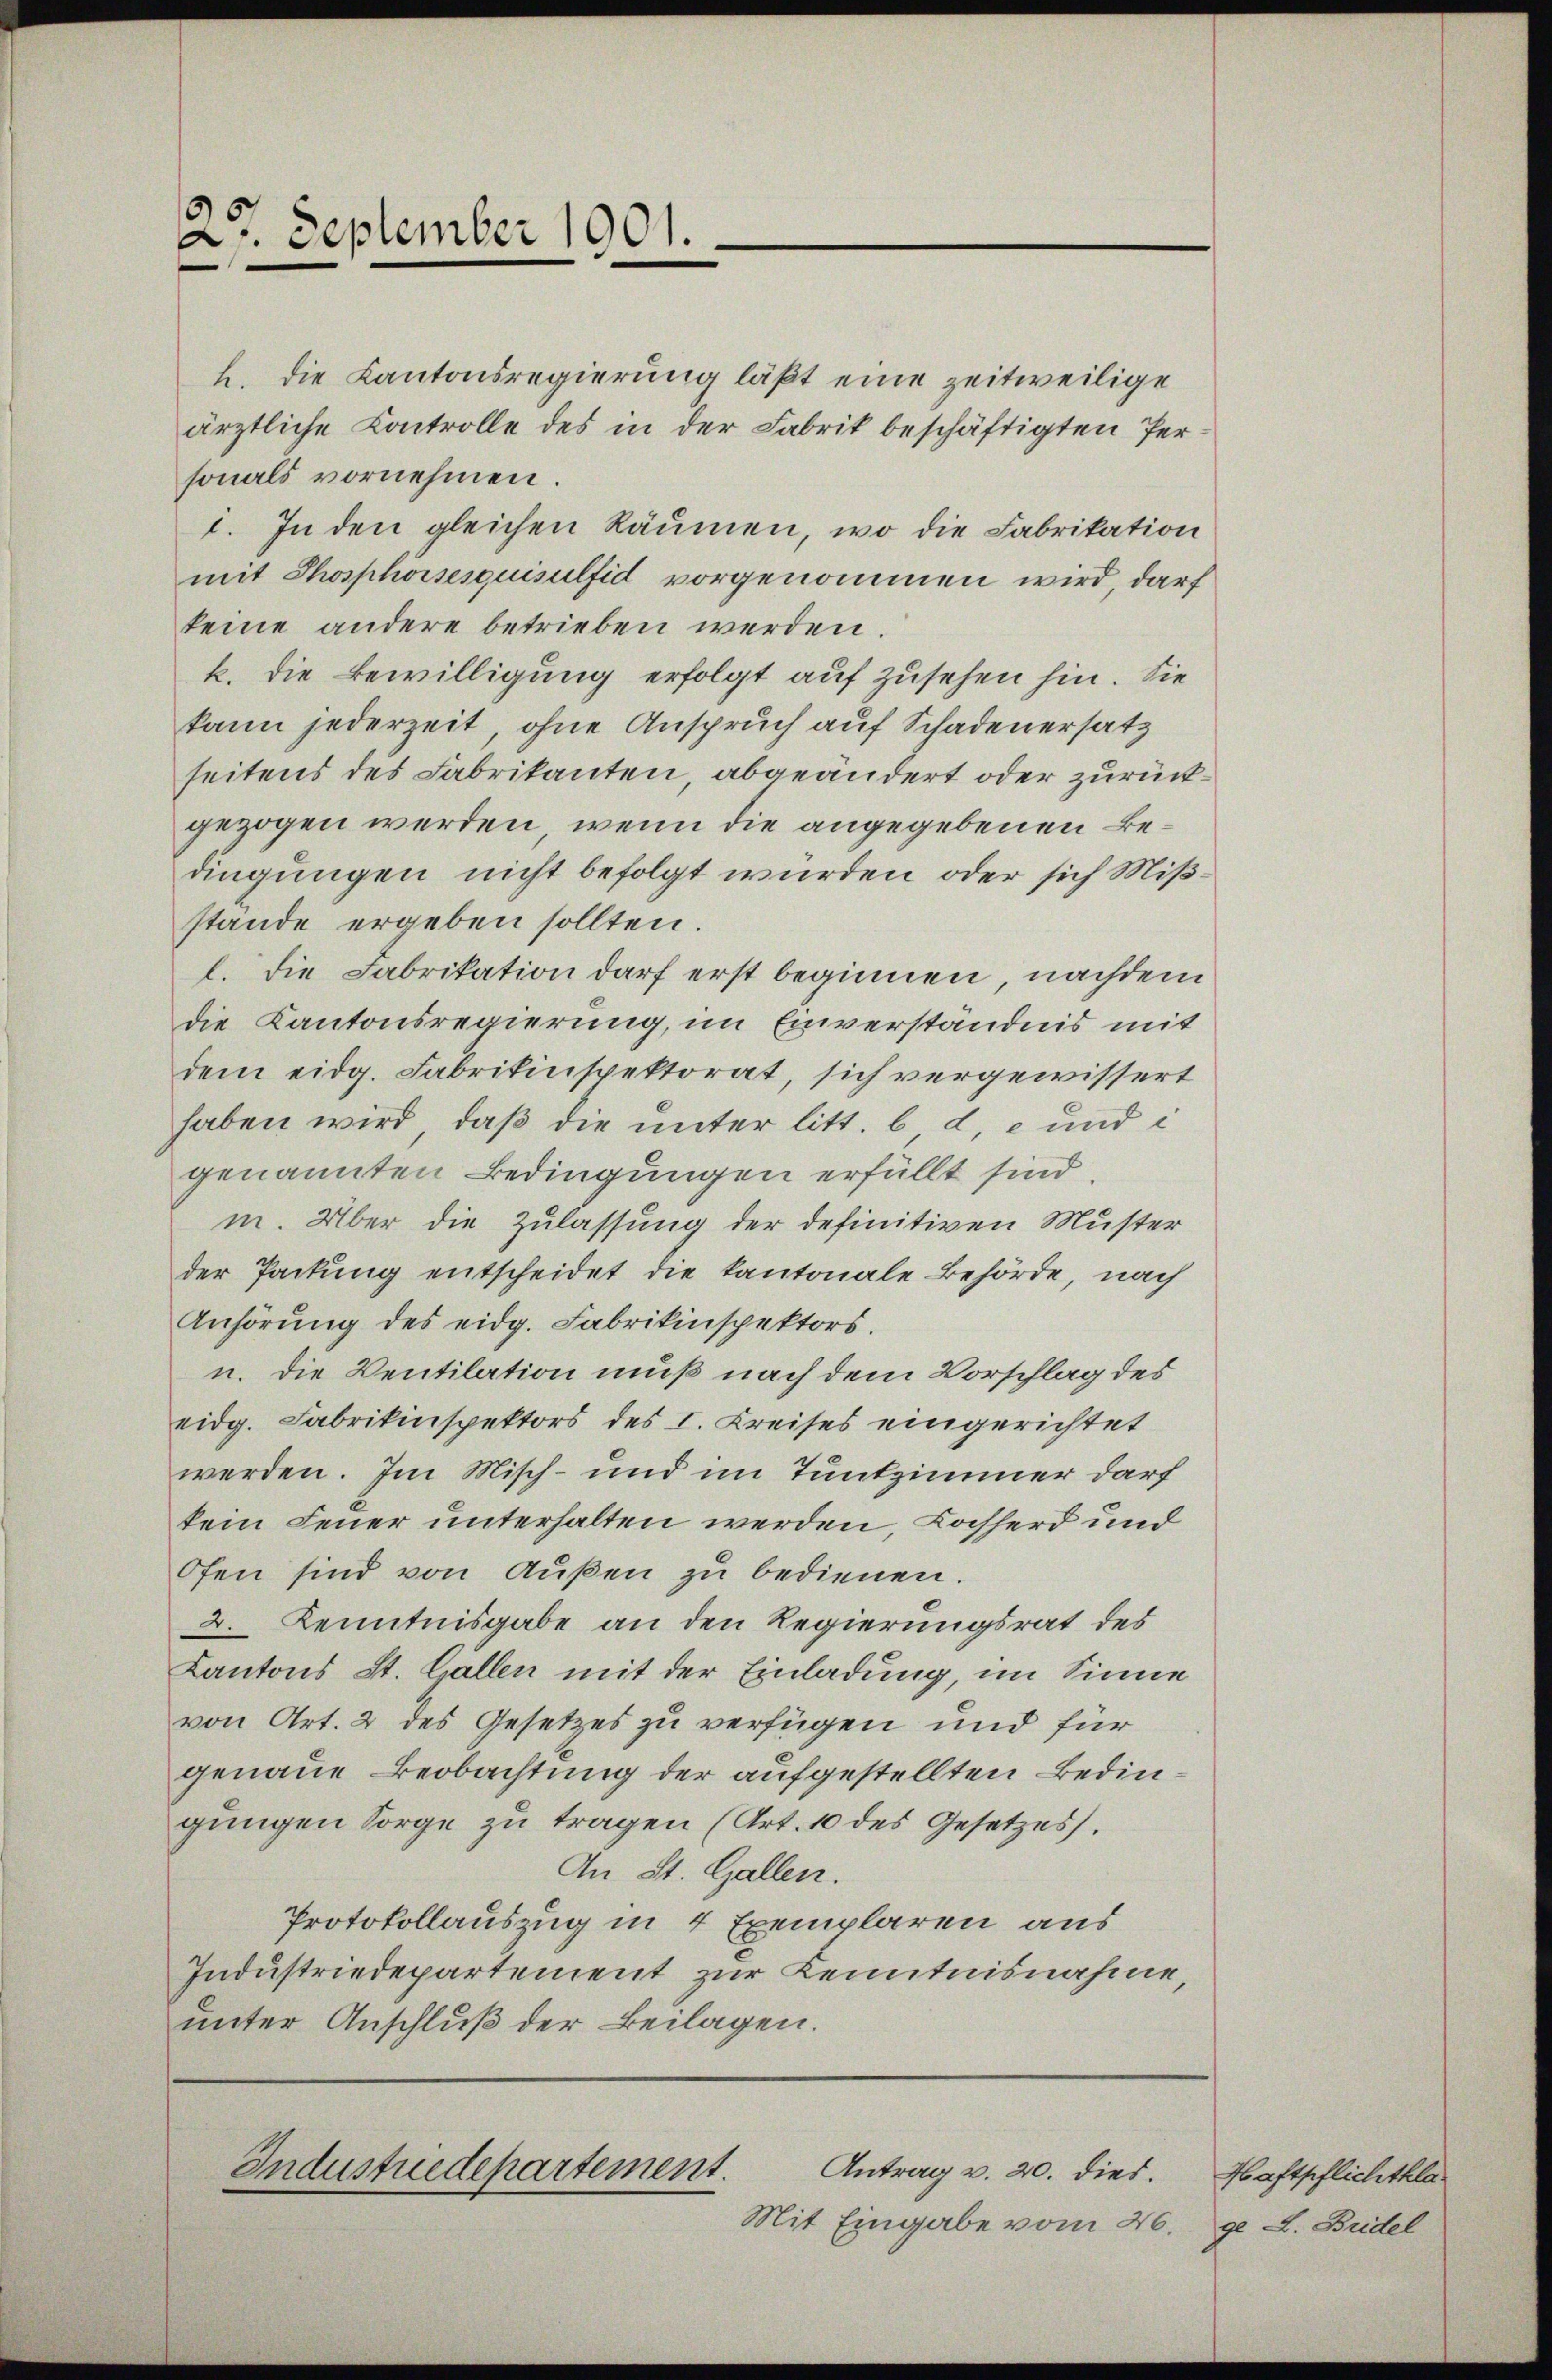
27. September 1901.

h. die Kantonsregierung läßt eine zeitweilige
ärztliche Controlle des in der Fabrik beschäftigten Personals vornehmen
i. In den gleichen Räumen, wo die Fabrikation
mit Thosphoisesquisulfid vorgenommen wird darf
keine andere betrieben werden.
k. Die Bewilligung erfolgt auf zusehen hin. Sie
kann jederzeit, ohne Anspruch auf Schadenersatz
seitens des Fabrikanten, abgeändert oder zurückgezogen werden, wenn die angegebenen Bedingungen nicht befolgt wurden, oder sich Mißstande ergeben sollten.
l. Die Fabrikation darf erst beginnen, nachdem
die Kantonsregierung, im Einverständnis mit
dem eidg. Fabrikinspektorat, sich vergewissert
haben wird, daß die unter litt. b d. e und i
genannten Bedingungen erfüllt sind
m. Über die Zulassung der definitiven Muster
der Packung entscheidet die kantonale Behörde, nach
Anhörung des eidg. Fabrikinspektors.
u. die Ventilation muß nach dem Vorschlag des
eidg. Fabrikinspektors des I. Kreises eingerichtet
werden. Im Misch- und im Tunkzimmer darf
kein Feuer unterhalten werden, Kasserd und
Ofen sind von Außen zu bedienen.
2. Kenntnisgabe an den Regierungsrat des
Kantons St. Gallen mit der Einladung, im Sinne
von Art. 2 des Gesetzes zu verfügen und für
genaue Beobachtung der aufgestellten Bedingungen Sorge zu tragen (Art. 10 des Gesetzes.
An St. Gallen.
Protokollauszug in 4 Exemplaren aus
Industriedepartement zur Kenntnisnahme,
unter Anschluß der Beilagen.

Antrag v. 20. dies.
Industredepartement.

Mit Eingabe vom 26.

Haftpflichtklage L. Bridel